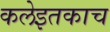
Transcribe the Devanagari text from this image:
कलेइतकाच